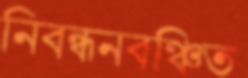
নিবন্ধনবঞ্চিত